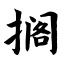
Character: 搁